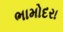
ભામોદરા